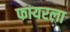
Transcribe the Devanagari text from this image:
फायरला